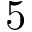
5